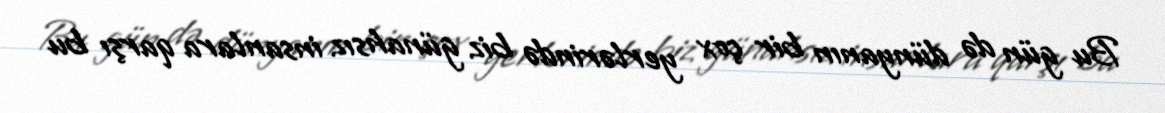
Bu gün də dünyanın bir çox yerlərində biz günahsız insanlara qarşı bu